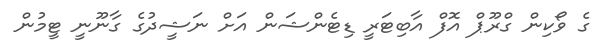
ގެ ވޯކިން ގްރޫޕް އޮފް އާބިޓަރީ ޑިޓެންޝަން އަށް ނަޝީދުގެ ގާނޫނީ ޓީމުން